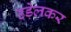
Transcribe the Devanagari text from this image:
उड़ेलकर